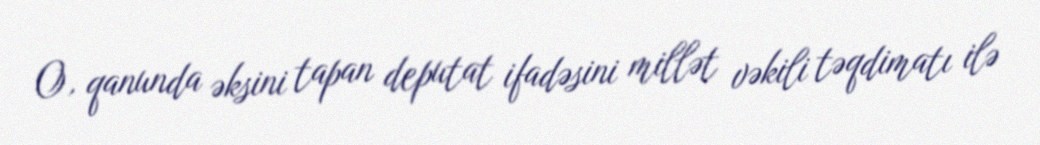
O, qanunda əksini tapan deputat ifadəsini millət vəkili təqdimatı ilə